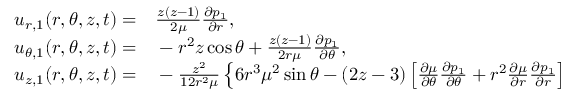
\begin{array} { r l } { u _ { r , 1 } ( r , \theta , z , t ) = } & { { } \frac { z ( z - 1 ) } { 2 \mu } \frac { \partial p _ { 1 } } { \partial r } , } \\ { u _ { \theta , 1 } ( r , \theta , z , t ) = } & { { } - r ^ { 2 } z \cos \theta + \frac { z ( z - 1 ) } { 2 r \mu } \frac { \partial p _ { 1 } } { \partial \theta } , } \\ { u _ { z , 1 } ( r , \theta , z , t ) = } & { { } - \frac { z ^ { 2 } } { 1 2 r ^ { 2 } \mu } \left\{ 6 r ^ { 3 } \mu ^ { 2 } \sin \theta - ( 2 z - 3 ) \left[ \frac { \partial \mu } { \partial \theta } \frac { \partial p _ { 1 } } { \partial \theta } + r ^ { 2 } \frac { \partial \mu } { \partial r } \frac { \partial p _ { 1 } } { \partial r } \right] \right. } \end{array}